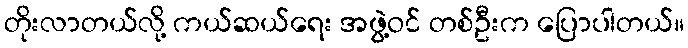
တိုးလာတယ်လို့ ကယ်ဆယ်ရေး အဖွဲ့ဝင် တစ်ဦးက ပြောပါတယ်။